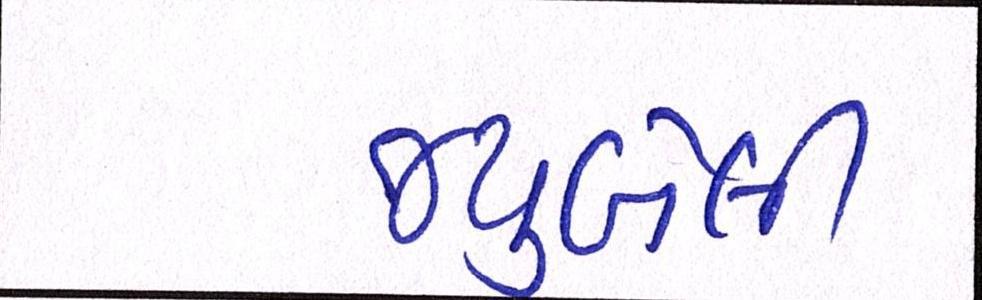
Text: જ્યુબેલી